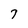
Character: 7